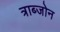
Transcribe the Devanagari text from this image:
त्राब्जोन